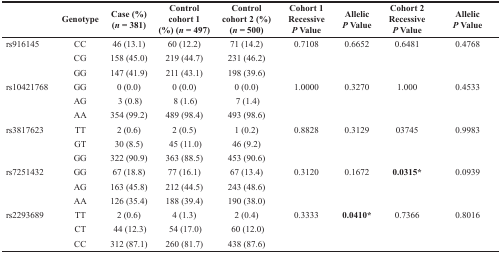
|  | Genotype | Case (%) (n =381) | Control cohort 1 (%) (n= 497) | Control cohort 2 (%) (n =500) | Cohort 1 Recessive P Value | Allelic P Value | Cohort 2 Recessive P Value | Allelic P Value |
 | --- | --- | --- | --- | --- | --- | --- | --- | --- |
 | rs916145 | CC | 46 (13.1) | 60 (12.2) | 71 (14.2) | 0.7108 | 0.6652 | 0.6481 | 0.4768 |
 |  | CG | 158 (45.0) | 219 (44.7) | 231 (46.2) |  |  |  |  |
 |  | GG | 147 (41.9) | 211 (43.1) | 198 (39.6) |  |  |  |  |
 | rs10421768 | GG | 0 (0.0) | 0 (0.0) | 0 (0.0) | 1.0000 | 0.3270 | 1.000 | 0.4533 |
 |  | AG | 3 (0.8) | 8 (1.6) | 7 (1.4) |  |  |  |  |
 |  | AA | 354 (99.2) | 489 (98.4) | 493 (98.6) |  |  |  |  |
 | rs3817623 | TT | 2 (0.6) | 2 (0.5) | 1 (0.2) | 0.8828 | 0.3129 | 03745 | 0.9983 |
 |  | GT | 30 (8.5) | 45 (11.0) | 46 (9.2) |  |  |  |  |
 |  | GG | 322 (90.9) | 363 (88.5) | 453 (90.6) |  |  |  |  |
 | rs7251432 | GG | 67 (18.8) | 77 (16.1) | 67 (13.4) | 0.3120 | 0.1672 | 0.0315* | 0.0939 |
 |  | AG | 163 (45.8) | 212 (44.5) | 243 (48.6) |  |  |  |  |
 |  | AA | 126 (35.4) | 188 (39.4) | 190 (38.0) |  |  |  |  |
 | rs2293689 | TT | 2 (0.6) | 4 (1.3) | 2 (0.4) | 0.3333 | 0.0410* | 0.7366 | 0.8016 |
 |  | CT | 44 (12.3) | 54 (17.0) | 60 (12.0) |  |  |  |  |
 |  | CC | 312 (87.1) | 260 (81.7) | 438 (87.6) |  |  |  |  |